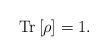
LaTeX: \begin{align*}\mathrm{Tr}\left[\rho\right] = 1.\end{align*}